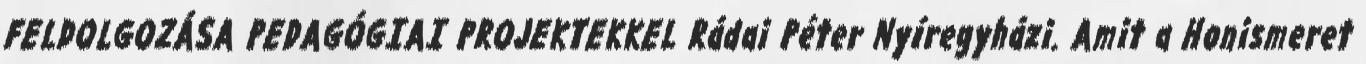
FELDOLGOZÁSA PEDAGÓGIAI PROJEKTEKKEL Rádai Péter Nyíregyházi. Amit a Honismeret